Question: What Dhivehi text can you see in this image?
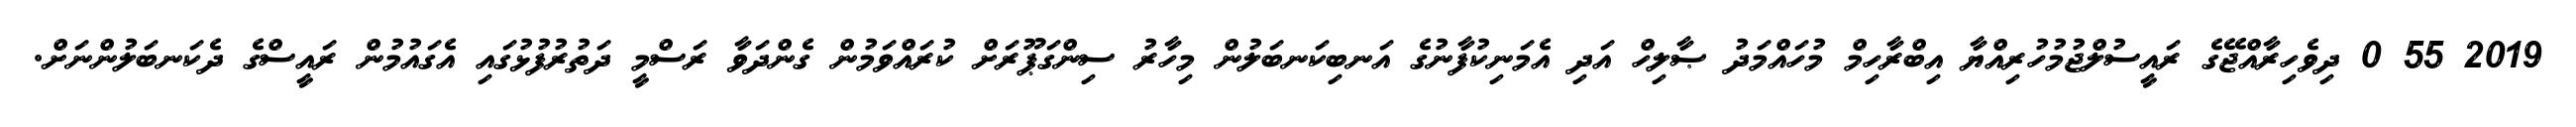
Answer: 2019 55 0 ދިވެހިރާއްޖޭގެ ރައީސުލްޖުމުހުރިއްޔާ އިބްރާހިމް މުހައްމަދު ޞާލިހް އަދި އެމަނިކުފާނުގެ އަނބިކަނބަލުން މިހާރު ސިންގަޕޫރަށް ކުރައްވަމުން ގެންދަވާ ރަސްމީ ދަތުރުފުޅުގައި އެގައުމުން ރައީސްގެ ދެކަނބަލުންނަށް.